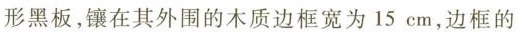
形黑板，镶在其外围的木质边框宽为15cm，边框的